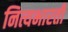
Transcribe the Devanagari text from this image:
नित्यभारती